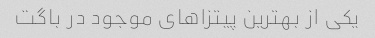
یکی از بهترین پیتزا‌های موجود در باگت